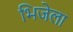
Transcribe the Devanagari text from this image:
भिजेला